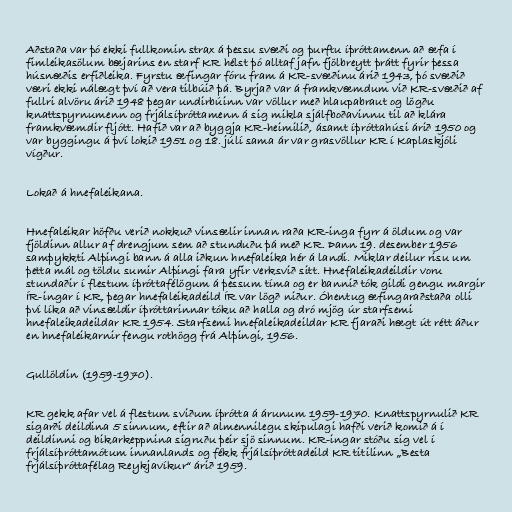
Aðstaða var þó ekki fullkomin strax á þessu svæði og þurftu íþróttamenn að æfa í
fimleikasölum bæjarins en starf KR hélst þó alltaf jafn fjölbreytt þrátt fyrir þessa
húsnæðis erfiðleika. Fyrstu æfingar fóru fram á KR-svæðinu árið 1943, þó svæðið
væri ekki nálægt því að vera tilbúið þá. Byrjað var á framkvæmdum við KR-svæðið af
fullri alvöru árið 1948 þegar undirbúinn var völlur með hlaupabraut og lögðu
knattspyrnumenn og frjálsíþróttamenn á sig mikla sjálfboðavinnu til að klára
framkvæmdir fljótt. Hafið var að byggja KR-heimilið, ásamt íþróttahúsi árið 1950 og
var byggingu á því lokið 1951 og 18. júlí sama ár var grasvöllur KR í Kaplaskjóli
vígður.

Lokað á hnefaleikana.

Hnefaleikar höfðu verið nokkuð vinsælir innan raða KR-inga fyrr á öldum og var
fjöldinn allur af drengjum sem að stunduðu þá með KR. Þann 19. desember 1956
samþykkti Alþingi bann á alla iðkun hnefaleika hér á landi. Miklar deilur risu um
þetta mál og töldu sumir Alþingi fara yfir verksvið sitt. Hnefaleikadeildir voru
stundaðir í flestum íþróttafélögum á þessum tíma og er bannið tók gildi gengu margir
ÍR-ingar í KR, þegar hnefaleikadeild ÍR var lögð niður. Óhentug æfingaraðstaða olli
því líka að vinsældir íþróttarinnar tóku að halla og dró mjög úr starfsemi
hnefaleikadeildar KR 1954. Starfsemi hnefaleikadeildar KR fjaraði hægt út rétt áður
en hnefaleikarnir fengu rothögg frá Alþingi, 1956.

Gullöldin (1959-1970).

KR gekk afar vel á flestum sviðum íþrótta á árunum 1959-1970. Knattspyrnulið KR
sigarði deildina 5 sinnum, eftir að almennilegu skipulagi hafði verið komið á í
deildinni og bikarkeppnina sigruðu þeir sjö sinnum. KR-ingar stóðu sig vel í
frjálsíþróttamótum innanlands og fékk frjálsíþróttadeild KR titilinn „Besta
frjálsíþróttafélag Reykjavíkur“ árið 1959.